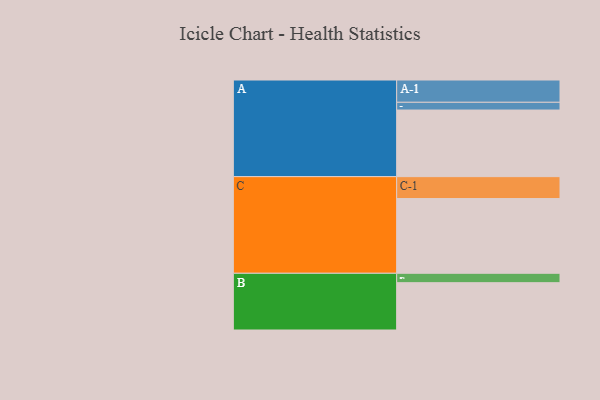
{"axis": {"x": "Segment", "y": "Value"}, "legend": ["", "A", "B", "C"], "data": [{"x": "A", "y": 532, "type": ""}, {"x": "B", "y": 378, "type": ""}, {"x": "C", "y": 597, "type": ""}, {"x": "A-1", "y": 178, "type": "A"}, {"x": "A-2", "y": 62, "type": "A"}, {"x": "B-1", "y": 75, "type": "B"}, {"x": "C-1", "y": 175, "type": "C"}]}